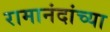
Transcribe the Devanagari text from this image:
रामानंदांच्या